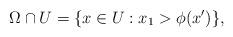
LaTeX: \begin{align*}\Omega \cap U = \{x \in U : x_1 > \phi(x') \},\end{align*}